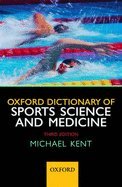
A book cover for Oxford Dictionary of Sports Science (3rd, 07) by Kent, Michael [Paperback (2007)]; Kent; Sports & Outdoors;